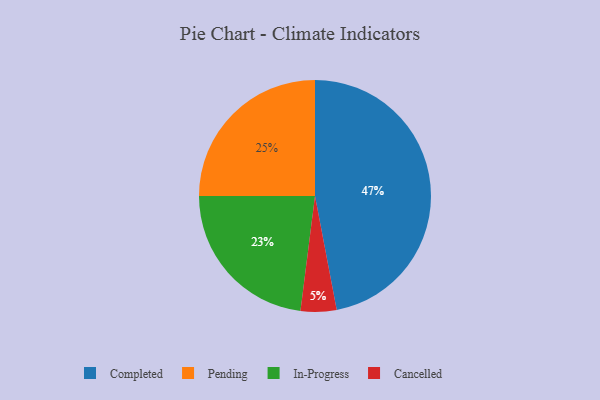
{"axis": {"x": "Category", "y": "Percentage"}, "legend": ["Cancelled", "Completed", "In-Progress", "Pending"], "data": [{"x": "Completed", "y": 47, "type": "Completed"}, {"x": "In-Progress", "y": 23, "type": "In-Progress"}, {"x": "Pending", "y": 25, "type": "Pending"}, {"x": "Cancelled", "y": 5, "type": "Cancelled"}]}